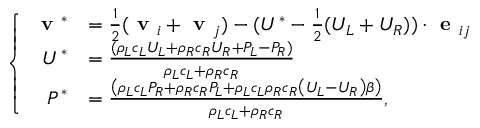
\left\{ \begin{array} { r l } { \textbf { v } ^ { * } } & { = \frac { 1 } { 2 } ( \textbf { v } _ { i } + \textbf { v } _ { j } ) - ( U ^ { * } - \frac { 1 } { 2 } ( U _ { L } + U _ { R } ) ) \cdot \textbf { e } _ { i j } } \\ { U ^ { * } } & { = \frac { ( \rho _ { L } c _ { L } U _ { L } + \rho _ { R } c _ { R } U _ { R } + P _ { L } - P _ { R } ) } { \rho _ { L } c _ { L } + \rho _ { R } c _ { R } } } \\ { P ^ { * } } & { = \frac { \left( \rho _ { L } c _ { L } P _ { R } + \rho _ { R } c _ { R } P _ { L } + \rho _ { L } c _ { L } \rho _ { R } c _ { R } \left( U _ { L } - U _ { R } \right) \beta \right) } { \rho _ { L } c _ { L } + \rho _ { R } c _ { R } } , } \end{array} \right.